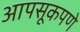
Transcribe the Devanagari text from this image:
आपसूकपणे